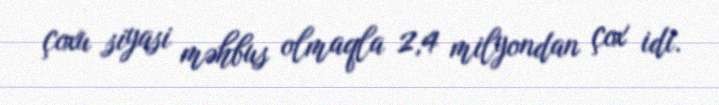
çoxu siyasi məhbus olmaqla 2,4 milyondan çox idi.